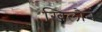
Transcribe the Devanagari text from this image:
खिलौनें